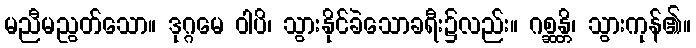
မညီမညွတ်သော။ ဒုဂ္ဂမေ ဝါပိ၊ သွားနိုင်ခဲသောခရီး၌လည်း။ ဂစ္ဆန္တိ၊ သွားကုန်၏။